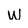
Character: w